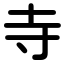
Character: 寺